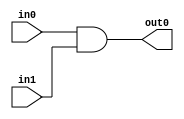
module top (
				input wire in0,
				input wire in1,
				output wire out0
				);
				
assign out0 = in0 & in1;

endmodule //top